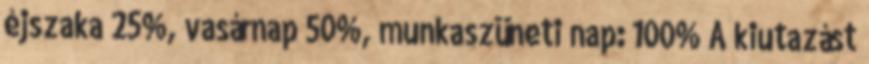
éjszaka 25%, vasárnap 50%, munkaszüneti nap: 100% A kiutazást